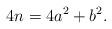
LaTeX: \begin{align*}4n = 4a^2+b^2.\end{align*}